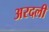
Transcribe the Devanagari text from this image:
अरदली